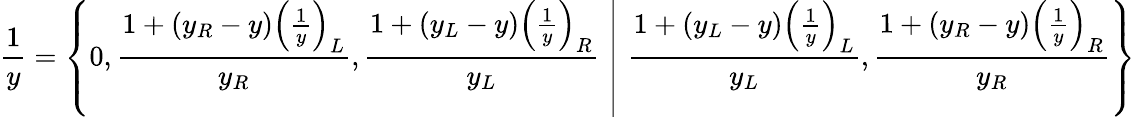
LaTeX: {\frac{1}{y}}=\left\{ \left.0,{\frac{1+(y_{R}-y)\left({\frac{1}{y}}\right)_{L}}{y_{R}}},{\frac{1+\left(y_{L}-y\right)\left({\frac{1}{y}}\right)_{R}}{y_{L}}}\, \, \right|\, \, {\frac{1+(y_{L}-y)\left({\frac{1}{y}}\right)_{L}}{y_{L}}},{\frac{1+(y_{R}-y)\left({\frac{1}{y}}\right)_{R}}{y_{R}}}\right\}